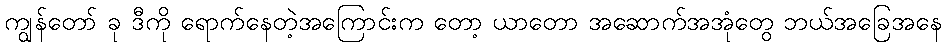
ကျွန်တော် ခု ဒီကို ရောက်နေတဲ့အကြောင်းက တော့ ယာတော အဆောက်အအုံတွေ ဘယ်အခြေအနေ